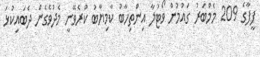
ފީފާގެ 209 މެމްބަރު ގައުމުން ވޯޓުލާ އިންތިހާބު ކާމިޔާބު ކުރެވޭނީ މެދުވެގެން ދެބައިކުޅަ